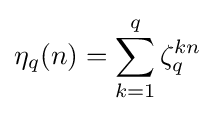
\eta _{q}(n)=\sum _{k=1}^{q}\zeta _{q}^{kn}